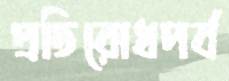
প্রতিরোধপর্ব